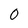
Character: 0